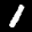
Label: 1